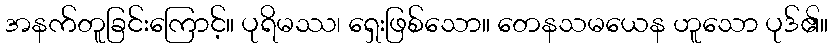
အနက်တူခြင်းကြောင့်။ ပုရိမဿ၊ ရှေးဖြစ်သော။ တေနသမယေန ဟူသော ပုဒ်၏။